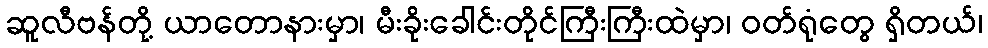
ဆူလီဗန်တို့ ယာတောနားမှာ၊ မီးခိုးခေါင်းတိုင်ကြီးကြီးထဲမှာ၊ ဝတ်ရုံတွေ ရှိတယ်၊